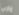
يارب